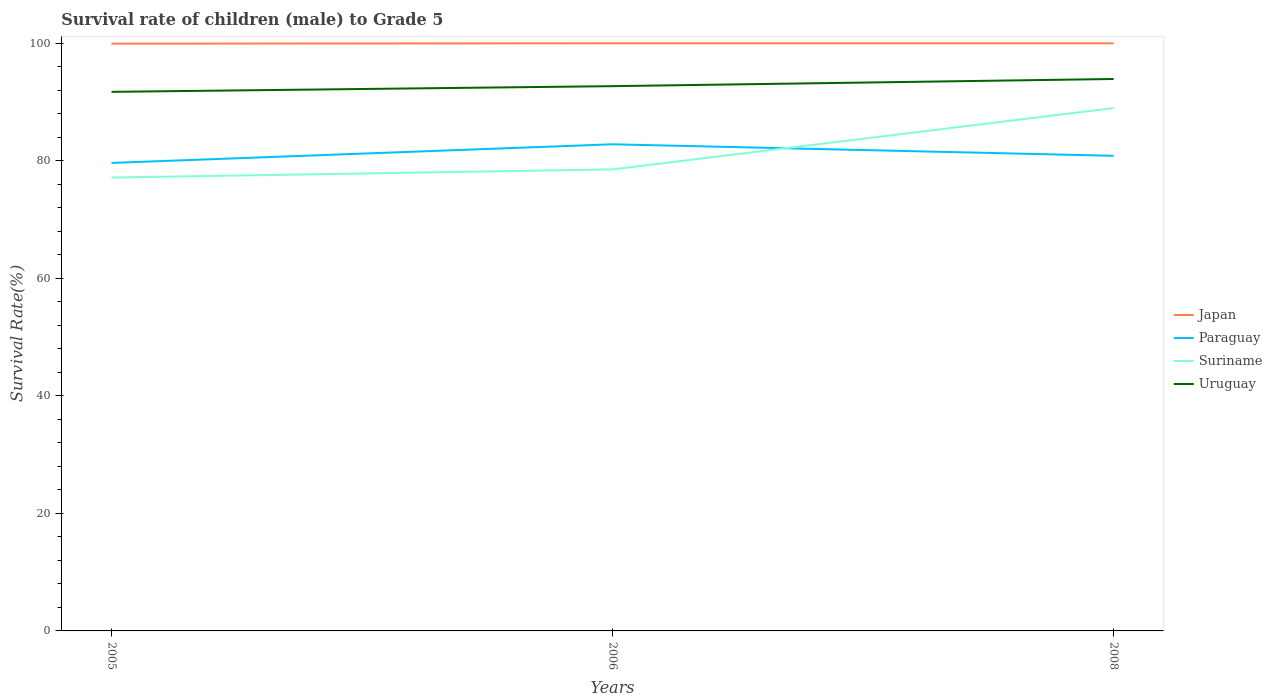
| Years | Japan | Paraguay | Suriname | Uruguay |
 | --- | --- | --- | --- | --- |
 | 2005 | 99.9 | 79.6 | 77.1 | 91.7 |
 | 2006 | 100 | 82.8 | 78.5 | 92.7 |
 | 2008 | 100 | 80.8 | 89 | 93.9 |